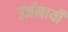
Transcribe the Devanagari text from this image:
उर्जमायी